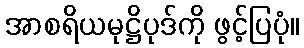
အာစရိယမုဋ္ဌိပုဒ်ကို ဖွင့်ပြပုံ။